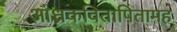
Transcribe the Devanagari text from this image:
आंध्रकवितापितामह